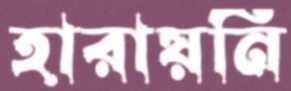
হারায়নি